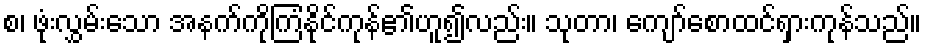
စ၊ ဖုံးလွှမ်းသော အနက်ကိုကြံနိုင်ကုန်၏ဟူ၍လည်း။ သုတာ၊ ကျော်စောထင်ရှားကုန်သည်။